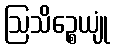
ဩသိဉ္စေယျုံ